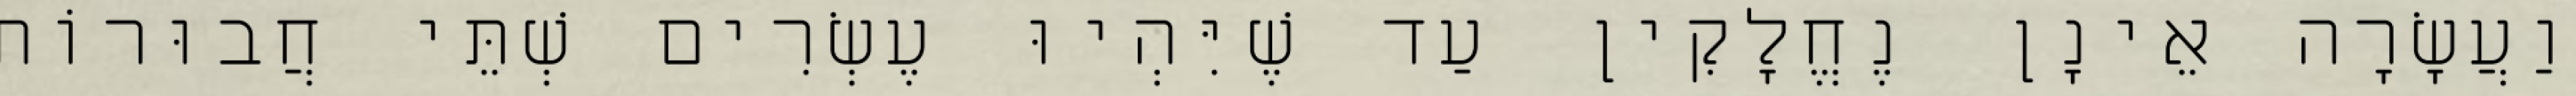
וַעֲשָׂרָה אֵינָן נֶחֱלָקִין עַד שֶׁיִּהְיוּ עֶשְׂרִים שְׁתֵּי חֲבוּרוֹת